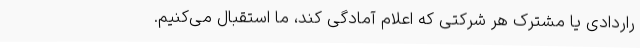
راردادی یا مشترک هر شرکتی که اعلام آمادگی کند، ما استقبال می‌کنیم.